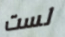
لست